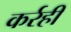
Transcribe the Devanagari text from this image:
कर्रही